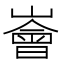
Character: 𪩚